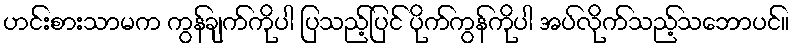
ဟင်းစားသာမက ကွန်ချက်ကိုပါ ပြသည့်ပြင် ပိုက်ကွန်ကိုပါ အပ်လိုက်သည့်သဘောပင်။